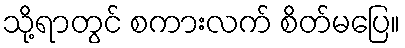
သို့ရာတွင် စကားလက် စိတ်မပြေ။